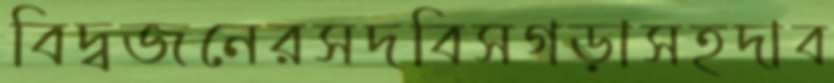
বিদ্বজনেরসদবিসগড়াসহদাব